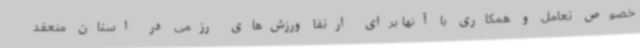
خصوص تعامل و همکاری با آنها برای ارتقا ورزش‌های رزمی در استان منعقد